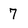
Character: 7